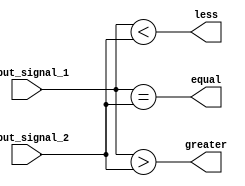
module comparator(
    input [15:0] input_signal_1,
    input [15:0] input_signal_2,
    output greater,
    output less,
    output equal
);

assign greater = (input_signal_1 > input_signal_2);
assign less = (input_signal_1 < input_signal_2);
assign equal = (input_signal_1 == input_signal_2);

endmodule